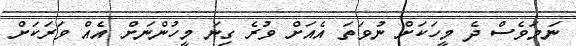
ނަމަވެސް ދެ މީހަކަށް ނުވަތަ އެއަށް ވުރެ ގިނަ މީހުންނަށް އެއް ވަރަކަށް